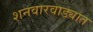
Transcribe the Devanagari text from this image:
शनवारवाड्यात